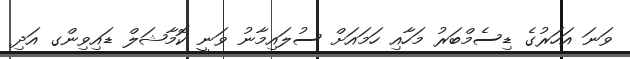
ވަނަ އަހަރުގެ ޑިސެމްބަރު މަހާއި ހަމައަށް ސުލައިމާނު ވަނީ ކޮމާޝަލް ޑައިވިންގ އަދި